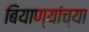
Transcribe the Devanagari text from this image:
बियाण्यांच्या